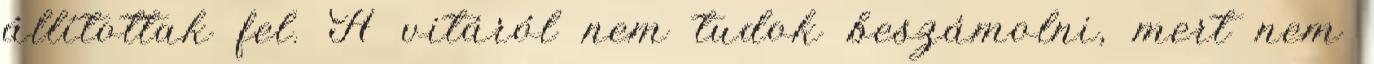
állítottak fel. A vitáról nem tudok beszámolni, mert nem